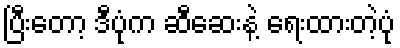
ပြီးတော့ ဒီပုံက ဆီဆေးနဲ့ ရေးထားတဲ့ပုံ